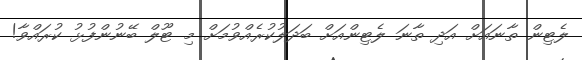
ލެޓިން ތާނައަށް އަދި ތާނަ ލެޓިންއަށް ބަދަލުކުރެއްވުމަށް މި ޓޫލް ބޭނުންފުޅު ކުރައްވާ!